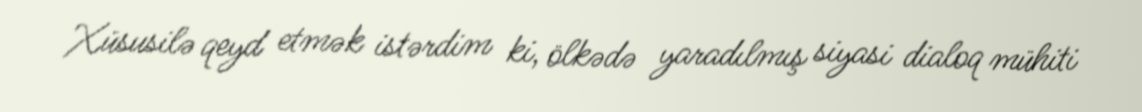
Xüsusilə qeyd etmək istərdim ki, ölkədə yaradılmış siyasi dialoq mühiti